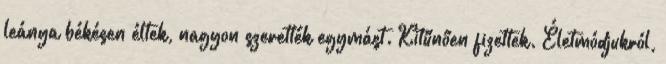
leánya békésen éltek, nagyon szerették egymást. Kitűnően fizettek. Életmódjukról,